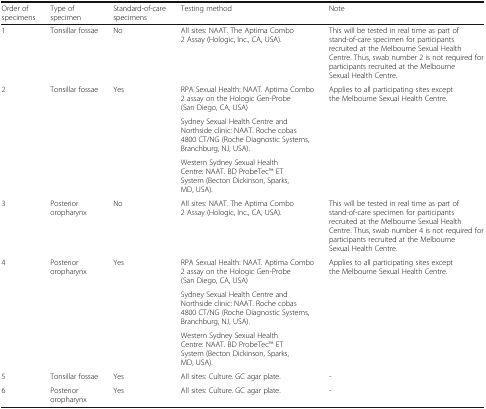
<table><thead><tr><td><b>Order of specimens</b></td><td><b>Type of specimen</b></td><td><b>Standard-of-care specimens</b></td><td><b>Testing method</b></td><td><b>Note</b></td></tr></thead><tbody><tr><td>1</td><td>Tonsillar fossae</td><td>No</td><td>All sites: NAAT. The Aptima Combo 2 Assay (Hologic, Inc., CA, USA).</td><td>This will be tested in real time as part of stand-of-care specimen for participants recruited at the Melbourne Sexual Health Centre. Thus, swab number 2 is not required for participants recruited at the Melbourne Sexual Health Centre.</td></tr><tr><td rowspan="3">2</td><td rowspan="3">Tonsillar fossae</td><td rowspan="3">Yes</td><td>RPA Sexual Health: NAAT. Aptima Combo 2 assay on the Hologic Gen-Probe (San Diego, CA, USA)</td><td rowspan="3">Applies to all participating sites except the Melbourne Sexual Health Centre.</td></tr><tr><td>Sydney Sexual Health Centre and Northside clinic: NAAT. Roche cobas 4800 CT/NG (Roche Diagnostic Systems, Branchburg, NJ, USA).</td></tr><tr><td>Western Sydney Sexual Health Centre: NAAT. BD ProbeTecTM ET System (Becton Dickinson, Sparks, MD, USA).</td></tr><tr><td>3</td><td>Posterior oropharynx</td><td>No</td><td>All sites: NAAT. The Aptima Combo 2 Assay (Hologic, Inc., CA, USA).</td><td>This will be tested in real time as part of stand-of-care specimen for participants recruited at the Melbourne Sexual Health Centre. Thus, swab number 4 is not required for participants recruited at the Melbourne Sexual Health Centre.</td></tr><tr><td rowspan="3">4</td><td rowspan="3">Posterior oropharynx</td><td rowspan="3">Yes</td><td>RPA Sexual Health: NAAT. Aptima Combo 2 assay on the Hologic Gen-Probe (San Diego, CA, USA)</td><td rowspan="3">Applies to all participating sites except the Melbourne Sexual Health Centre.</td></tr><tr><td>Sydney Sexual Health Centre and Northside clinic: NAAT. Roche cobas 4800 CT/NG (Roche Diagnostic Systems, Branchburg, NJ, USA).</td></tr><tr><td>Western Sydney Sexual Health Centre: NAAT. BD ProbeTecTM ET System (Becton Dickinson, Sparks, MD, USA).</td></tr><tr><td>5</td><td>Tonsillar fossae</td><td>Yes</td><td>All sites: Culture. GC agar plate.</td><td>-</td></tr><tr><td>6</td><td>Posterior oropharynx</td><td>Yes</td><td>All sites: Culture. GC agar plate.</td><td>-</td></tr></tbody></table>